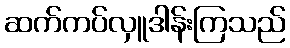
ဆက်ကပ်လှူဒါန်းကြသည်